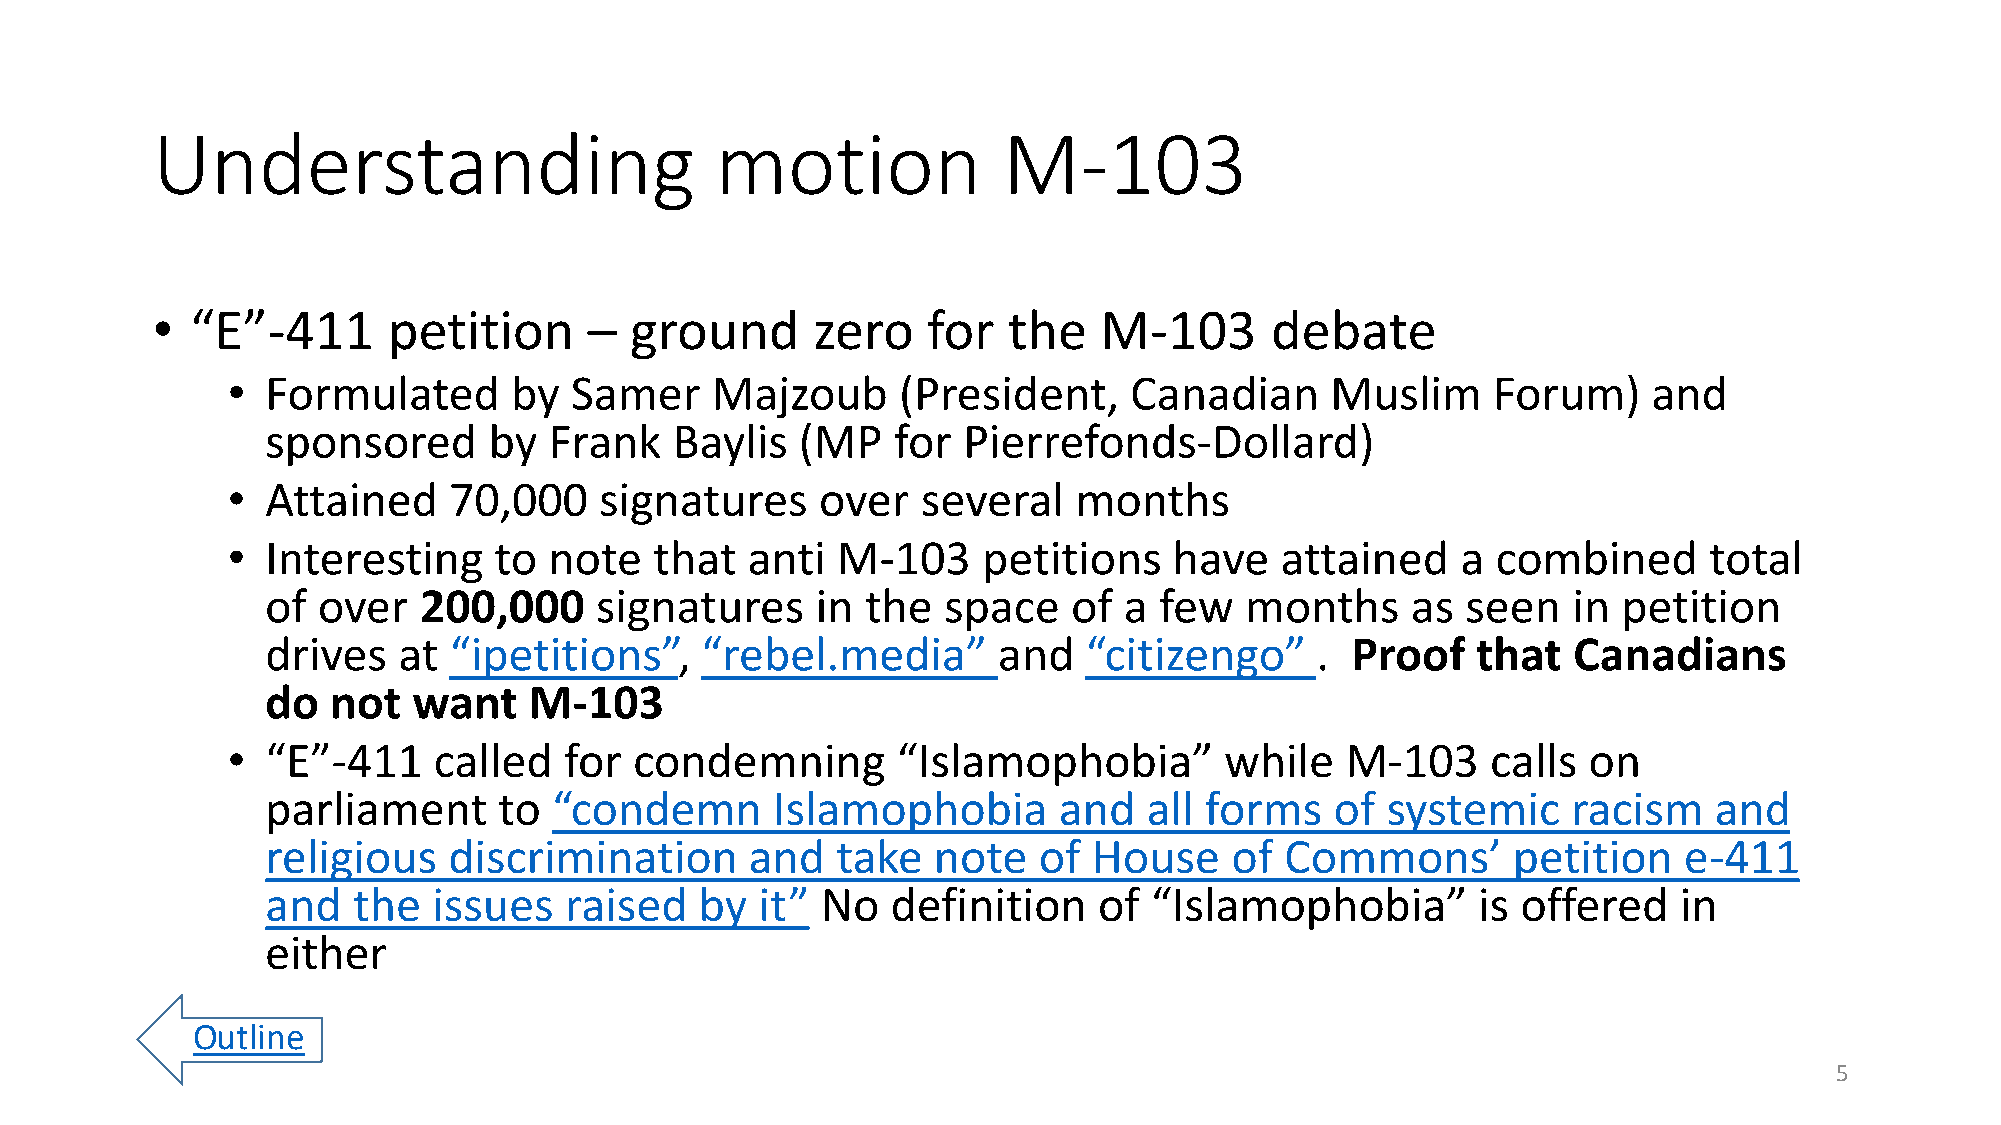
Understanding                        motion             M-103
 •  “E”-411      petition     –  ground      zero   for   the   M-103      debate
 •  Formulated      by  Samer    Majzoub     (President,     Canadian     Muslim     Forum)    and
 sponsored     by  Frank   Baylis   (MP   for  Pierrefonds-Dollard)
 •  Attained    70,000    signatures    over   several   months
 •  Interesting    to note   that  anti  M-103     petitions    have   attained    a combined      total
 of over   200,000    signatures     in the  space    of a  few  months     as  seen   in petition
 drives  at  “ipetitions”,   “rebel.media”       and   “citizengo”    . Proof    that  Canadians
 do  not  want    M-103
 •  “E”-411    called  for  condemning       “Islamophobia”        while   M-103     calls on
 parliament     to  “condemn      Islamophobia       and   all forms   of  systemic    racism   and
 religious   discrimination      and  take   note   of House    of  Commons’       petition   e-411
 and  the   issues  raised   by  it” No   definition    of “Islamophobia”        is offered   in
 either
 Outline
 5